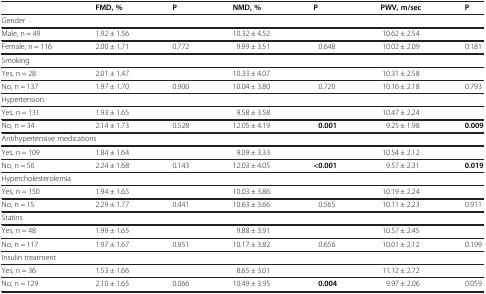
<table><thead><tr><td><b> </b></td><td><b>FMD, %</b></td><td><b>P</b></td><td><b>NMD, %</b></td><td><b>P</b></td><td><b>PWV, m/sec</b></td><td><b>P</b></td></tr></thead><tbody><tr><td colspan="7">Gender</td></tr><tr><td>Male, n = 49</td><td>1.92 ± 1.56</td><td> </td><td>10.32 ± 4.52</td><td> </td><td>10.62 ± 2.54</td><td> </td></tr><tr><td>Female, n = 116</td><td>2.00 ± 1.71</td><td>0.772</td><td>9.99 ± 3.51</td><td>0.648</td><td>10.02 ± 2.09</td><td>0.181</td></tr><tr><td colspan="7">Smoking</td></tr><tr><td>Yes, n = 28</td><td>2.01 ± 1.47</td><td> </td><td>10.33 ± 4.07</td><td> </td><td>10.31 ± 2.58</td><td> </td></tr><tr><td>No, n = 137</td><td>1.97 ± 1.70</td><td>0.900</td><td>10.04 ± 3.80</td><td>0.720</td><td>10.16 ± 2.18</td><td>0.793</td></tr><tr><td colspan="7">Hypertension</td></tr><tr><td>Yes, n = 131</td><td>1.93 ± 1.65</td><td> </td><td>9.58 ± 3.58</td><td> </td><td>10.47 ± 2.24</td><td> </td></tr><tr><td>No, n = 34</td><td>2.14 ± 1.73</td><td>0.528</td><td>12.05 ± 4.19</td><td><b>0.001</b></td><td>9.25 ± 1.98</td><td><b>0.009</b></td></tr><tr><td colspan="7">Antihypertensive medications</td></tr><tr><td>Yes, n = 109</td><td>1.84 ± 1.64</td><td> </td><td>9.09 ± 3.33</td><td> </td><td>10.54 ± 2.12</td><td> </td></tr><tr><td>No, n = 56</td><td>2.24 ± 1.68</td><td>0.143</td><td>12.03 ± 4.05</td><td><b>&lt;0.001</b></td><td>9.57 ± 2.31</td><td><b>0.019</b></td></tr><tr><td colspan="7">Hypercholesterolemia</td></tr><tr><td>Yes, n = 150</td><td>1.94 ± 1.65</td><td> </td><td>10.03 ± 3.86</td><td> </td><td>10.19 ± 2.24</td><td> </td></tr><tr><td>No, n = 15</td><td>2.29 ± 1.77</td><td>0.441</td><td>10.63 ± 3.66</td><td>0.565</td><td>10.11 ± 2.23</td><td>0.911</td></tr><tr><td colspan="7">Statins</td></tr><tr><td>Yes, n = 48</td><td>1.99 ± 1.65</td><td> </td><td>9.88 ± 3.91</td><td> </td><td>10.57 ± 2.45</td><td> </td></tr><tr><td>No, n = 117</td><td>1.97 ± 1.67</td><td>0.951</td><td>10.17 ± 3.82</td><td>0.656</td><td>10.01 ± 2.12</td><td>0.199</td></tr><tr><td colspan="7">Insulin treatment</td></tr><tr><td>Yes, n = 36</td><td>1.53 ± 1.66</td><td> </td><td>8.65 ± 3.01</td><td> </td><td>11.12 ± 2.72</td><td> </td></tr><tr><td>No, n = 129</td><td>2.10 ± 1.65</td><td>0.066</td><td>10.49 ± 3.95</td><td><b>0.004</b></td><td>9.97 ± 2.06</td><td>0.059</td></tr></tbody></table>